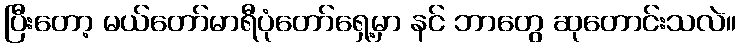
ပြီးတော့ မယ်တော်မာရီပုံတော်ရှေ့မှာ နင် ဘာတွေ ဆုတောင်းသလဲ။